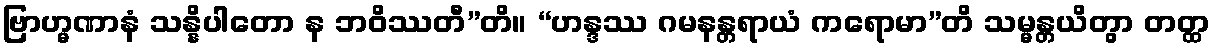
ဗြာဟ္မဏာနံ သန္နိပါတော န ဘဝိဿတီ”တိ။ “ဟန္ဒဿ ဂမနန္တရာယံ ကရောမာ”တိ သမ္မန္တယိတွာ တတ္ထ